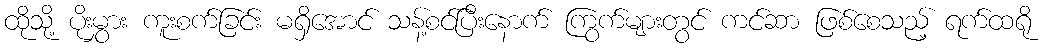
ထိုသို့ ပိုးမွှား ကူးစက်ခြင်း မရှိအောင် သန့်စင်ပြီးနောက် ကြွက်များတွင် ကင်ဆာ ဖြစ်စေသည့် ရက်ထရို